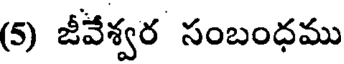
(5) జీవేశ్వర సంబంధము